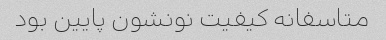
متاسفانه کیفیت نونشون پایین بود